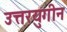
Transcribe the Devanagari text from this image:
उत्तरयुगीन